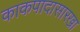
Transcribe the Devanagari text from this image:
काकपादासारखा